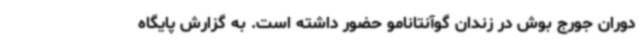
دوران جورج بوش در زندان گوآنتانامو حضور داشته است. به گزارش پایگاه